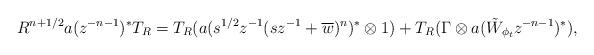
LaTeX: \begin{align*}R^{n+1/2} a(z^{-n-1})^* T_R = T_R(a(s^{1/2}z^{-1}(sz^{-1} + \overline{w})^n)^* \otimes 1) + T_R(\Gamma \otimes a(\tilde W_{\phi_t} z^{-n-1})^*),\end{align*}